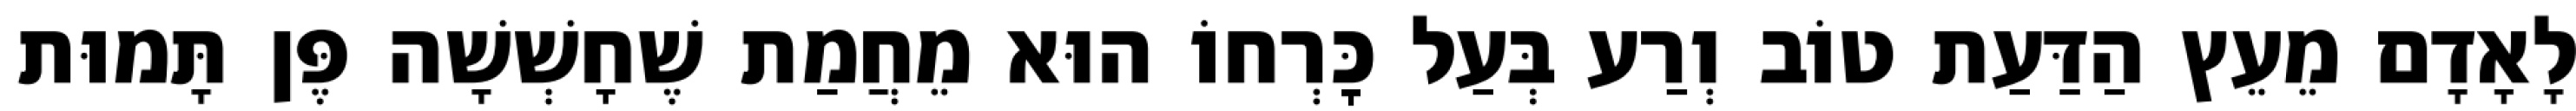
לָאָדָם מֵעֵץ הַדַּעַת טוֹב וְרַע בְּעַל כׇּרְחוֹ הוּא מֵחֲמַת שֶׁחָשְׁשָׁה פֶּן תָּמוּת